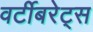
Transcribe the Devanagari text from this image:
वर्टीबरेट्स